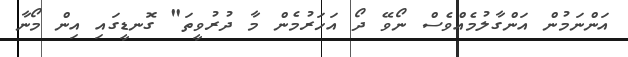
އަންނަމުން އަންގާލުމެއްވެސް ނޯވޭ ދޯ އަހަރުމެން މާ ދުރުވީތަ" ގޮނޑީގައި އިން މޯނާ